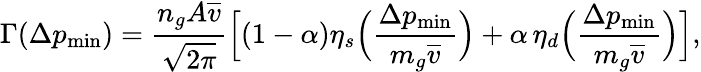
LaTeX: \Gamma(\Delta p_{\mathrm{min}})=\frac{n_{g}A\overline{{v}}}{\sqrt{2\pi}}\Big[(1-\alpha)\eta_{s}\Big(\frac{\Delta p_{\mathrm{min}}}{m_{g}\overline{{v}}}\Big)+\alpha\, \eta_{d}\Big(\frac{\Delta p_{\mathrm{min}}}{m_{g}\overline{{v}}}\Big)\Big],